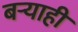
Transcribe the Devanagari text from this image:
बर्‍याही